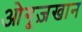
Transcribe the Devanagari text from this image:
ओगूज़खान